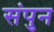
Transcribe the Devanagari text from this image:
संपुन